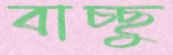
বাচ্ছু